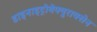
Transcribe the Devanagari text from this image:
डाइनाइट्रोबेफ्युराक्सेन